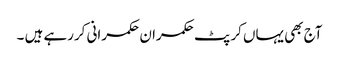
آج بھی یہاں کرپٹ حکمران حکمرانی کررہے ہیں ۔